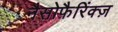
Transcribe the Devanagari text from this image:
नैसोफ़ैरिंक्ज़